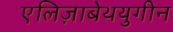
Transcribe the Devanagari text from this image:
एलिज़ाबेथयुगीन